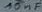
Text: 10nF